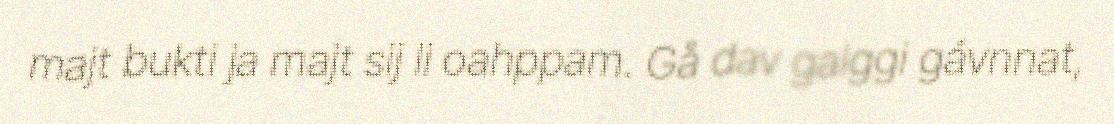
majt bukti ja majt sij li oahppam. Gå dav galggi gávnnat,